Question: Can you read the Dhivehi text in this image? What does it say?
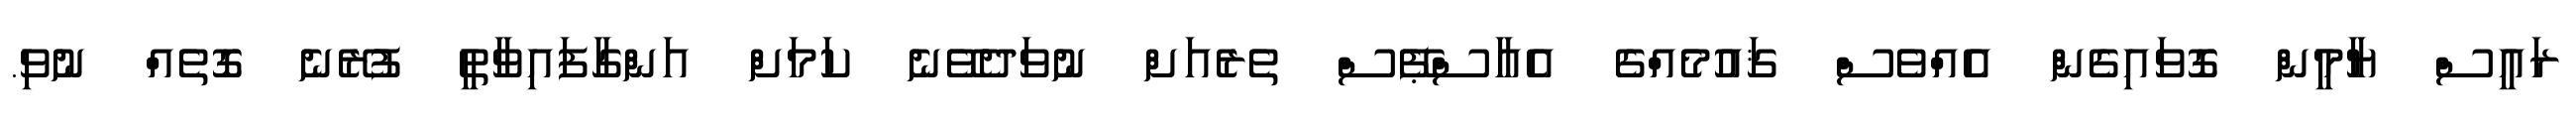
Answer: ރައީސް ޔާމީން ގޮވައިގެން އެއްވެސް ޤައުމެއްގެ އެއާސްޕޭސް ތެރެއަށް ނުވަދެވޭނެ ކަމަށް އަންގާފައިވާތީ ފުރޭނެ ގޮތެއް ނުވި.